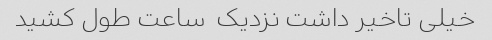
خیلی تاخیر داشت نزدیک  ساعت طول کشید